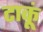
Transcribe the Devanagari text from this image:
टाकूं